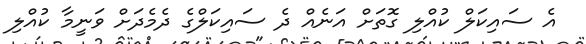
އެ ސައިކަލް ކުއްލި ގޮތަށް އަނެއް ދެ ސައިކަލްގެ ދެމެދަށް ވަނީމާ ކުއްލި